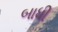
બાધી